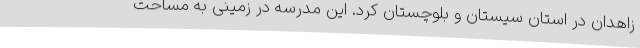
زاهدان در استان سیستان و بلوچستان کرد. این مدرسه در زمینی به مساحت